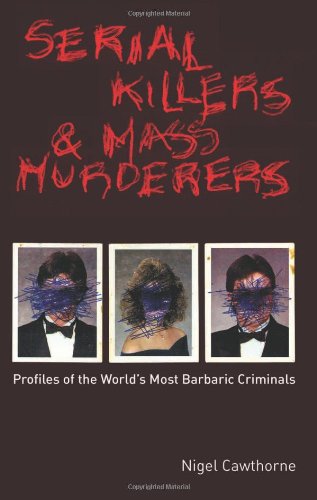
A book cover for Serial Killers and Mass Murderers: Profiles of the World's Most Barbaric Criminals; Nigel Cawthorne; Biographies & Memoirs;